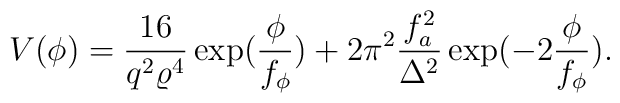
V(\phi)=\frac{16}{q^2\varrho^4}\exp(\frac{\phi}{f_\phi})+2\pi^2\frac{f_a^2}{\Delta^2}\exp(-2\frac{\phi}{f_\phi}).